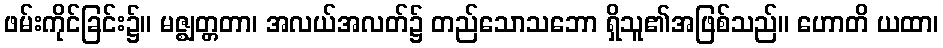
ဖမ်းကိုင်ခြင်း၌။ မဇ္ဈတ္တတာ၊ အလယ်အလတ်၌ တည်သောသဘော ရှိသူ၏အဖြစ်သည်။ ဟောတိ ယထာ၊